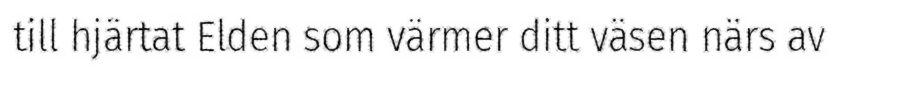
till hjärtat Elden som värmer ditt väsen närs av